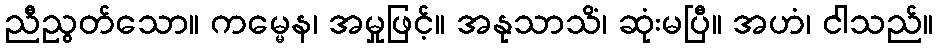
ညီညွတ်သော။ ကမ္မေန၊ အမှုဖြင့်။ အနုသာသိံ၊ ဆုံးမပြီ။ အဟံ၊ ငါသည်။